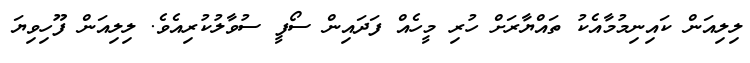
ލިލިއަން ކައިނިމުމާއެކު ތައްޔާރަށް ހުރި މީހެއް ފަދައިން ސޯފީ ސުވާލުކުރިއެވެ. ލިލިއަން ފޫހިވިޔަ